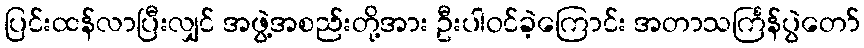
ပြင်းထန်လာပြီးလျှင် အဖွဲ့အစည်းတို့အား ဦးပါဝင်ခဲ့ကြောင်း အတာသင်္ကြန်ပွဲတော်